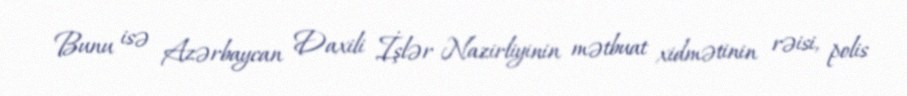
Bunu isə Azərbaycan Daxili İşlər Nazirliyinin mətbuat xidmətinin rəisi, polis